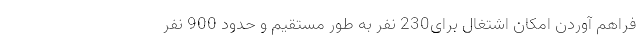
فراهم آوردن امکان اشتغال برای230 نفر به طور مستقیم و حدود 900 نفر